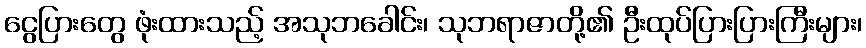
ငွေပြားတွေ ဖုံးထားသည့် အသုဘခေါင်း၊ သုဘရာဇာတို့၏ ဦးထုပ်ပြားပြားကြီးများ၊